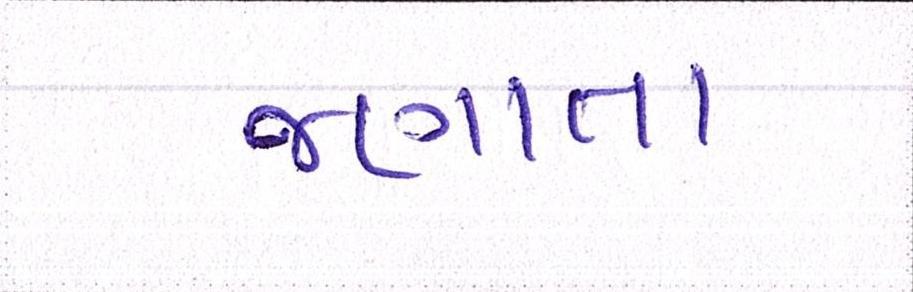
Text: જણાતા